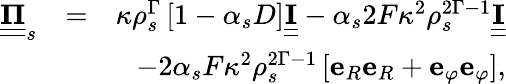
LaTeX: \begin{array}{rlr}{\underline{{\underline{{\mathbf{\Pi}}}}}_{s}}&{=}&{\kappa\rho_{s}^{\Gamma}\left[1-\alpha_{s}D\right]\underline{{\underline{{\mathbf{I}}}}}-\alpha_{s}2F\kappa^{2}\rho_{s}^{2\Gamma-1}\underline{{\underline{{\mathbf{I}}}}}}\\ &{}&{-2\alpha_{s}F\kappa^{2}\rho_{s}^{2\Gamma-1}\left[\mathbf{e}_{R}\mathbf{e}_{R}+\mathbf{e}_{\varphi}\mathbf{e}_{\varphi}\right],}\end{array}